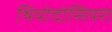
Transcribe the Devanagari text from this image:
थियोदोसियरा